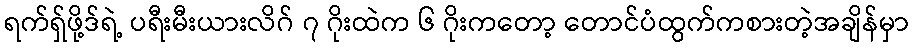
ရက်ရှ်ဖို့ဒ်ရဲ့ ပရီးမီးယားလိဂ် ၇ ဂိုးထဲက ၆ ဂိုးကတော့ တောင်ပံထွက်ကစားတဲ့အချိန်မှာ